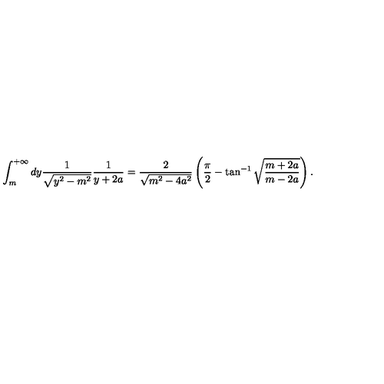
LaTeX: \int _ { m } ^ { + \infty } d y \frac { 1 } { \sqrt { y ^ { 2 } - m ^ { 2 } } } \frac { 1 } { y + 2 a } = \frac { 2 } { \sqrt { m ^ { 2 } - 4 a ^ { 2 } } } \left( \frac { \pi } { 2 } - \tan ^ { - 1 } \sqrt { \frac { m + 2 a } { m - 2 a } } \right) .